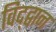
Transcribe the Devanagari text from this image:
विद्द्वान